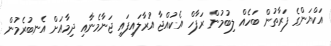
އަކްޔަންގެ ފަރާތުން ބަހެއް ލިބުމުން ރަފާހް އެކުއްޖާ އުރާލައިފައި ޖަނާމެނާއި ދިމާއަށް އެނބުރެމުން